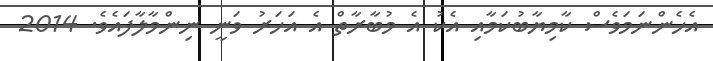
އެހެންނަމަވެސް ކާމިޔާބުކަމާއި އެކު އެ މުބާރާތް އެ އަހަރު ވަނީ ނިންމާލާފައެވެ. 2014